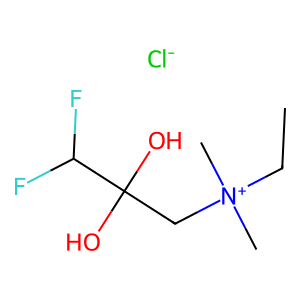
SMILES: CC[N+](C)(C)CC(O)(O)C(F)F.[Cl-]
Inhibits HIV replication: No